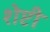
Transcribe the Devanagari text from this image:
शेप्टी